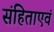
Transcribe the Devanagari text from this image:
संहिताएवं